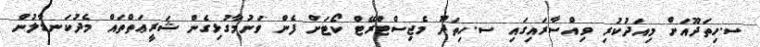
ސ.ހިތަދޫއަށް މިއަދުކުރި ވިއްސާރައިގައި ސ.ހިތަދޫ މެޖިސްޓްރޭޓް ކޯޓަށް ފެން ވަނުމާގުޅިގެން ޝަރީޢަތްތައް މެދުކަނޑާލުން